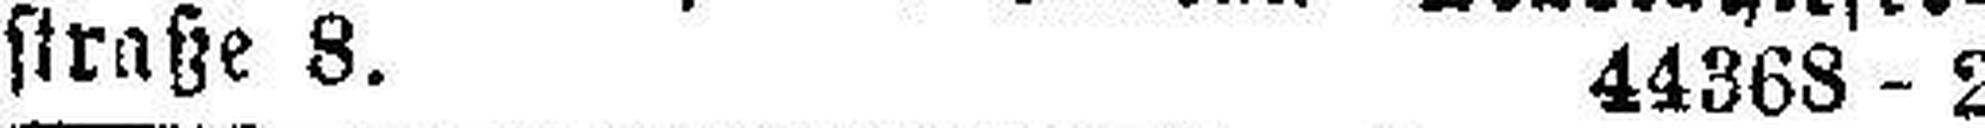
straße 8. 44368 - 2